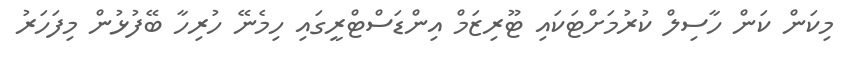
މިކަން ކަން ހާސިލް ކުރުމަށްޓަކައި ޓޫރިޒަމް އިންޑަސްޓްރީގައި ހިމެނޭ ހުރިހާ ބޭފުޅުން މިފަހަރު